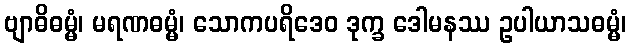
ဗျာဓိဓမ္မံ၊ မရဏဓမ္မံ၊ သောကပရိဒေဝ ဒုက္ခ ဒေါမနဿ ဥပါယာသဓမ္မံ၊